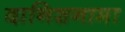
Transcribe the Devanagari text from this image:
दानिशनामा